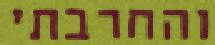
והחרבתי